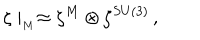
LaTeX: \zeta \mid _ { _ M } \approx \zeta ^ { M } \otimes \zeta ^ { S U ( 3 ) } \, ,